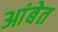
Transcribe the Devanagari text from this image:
आंबेत